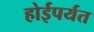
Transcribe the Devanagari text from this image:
होईपर्यत